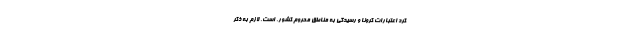
کرد اعتبارات کرونا و رسیدگی به مناطق محروم کشور، است. لازم به ذکر